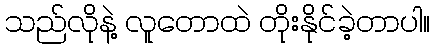
သည်လိုနဲ့ လူတောထဲ တိုးနိုင်ခဲ့တာပါ။